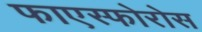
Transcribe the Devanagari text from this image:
फाएस्फोरोस